Vabadussoja_Ajaloo_Komitee, lk 59
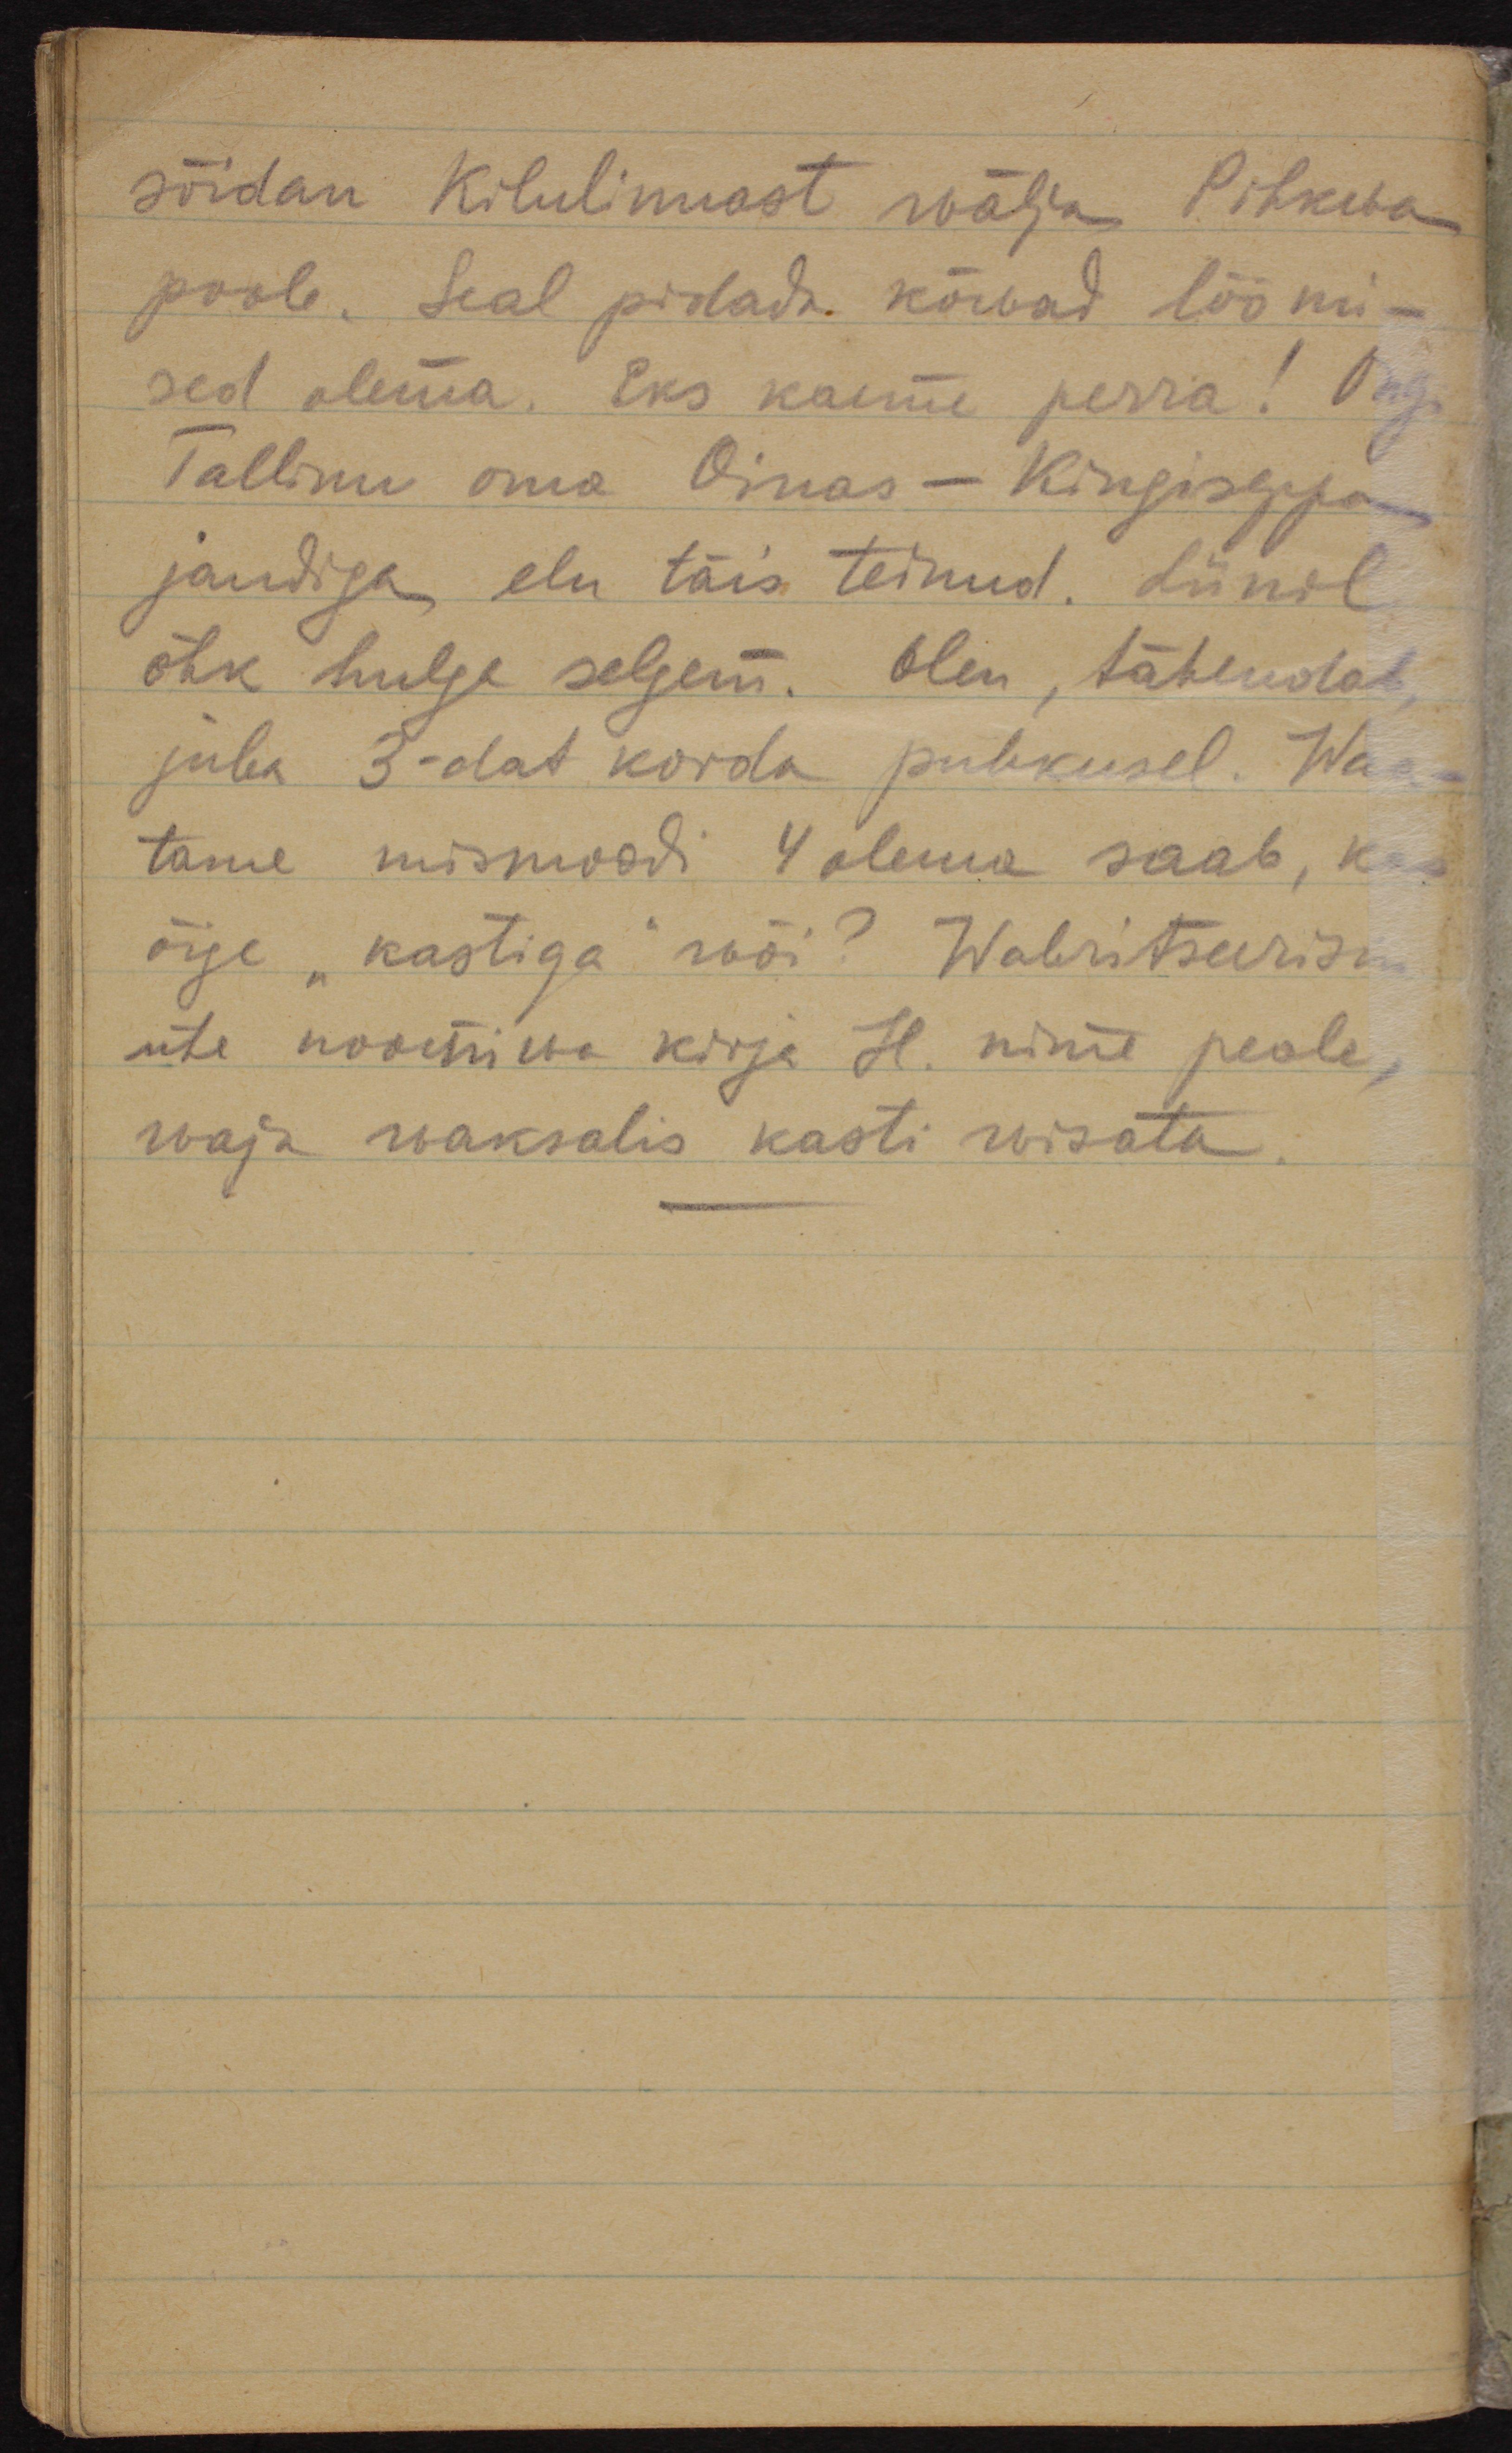
sõidan Kilulinnast wälja Pihkwa
poole. Seal pidada kõwad löömi-
sed olema. Eks kaeme perra! Ongi
Tallinn oma Oinas-Kingiseppa
jandiga elu täis teinud. Liinil
õhk hulga selgem. Olen, tähendab,
juba 3-dat korda puhkusel. Waa-
tame mismoodi 4 olema saab, kas
õige "kastiga" wõi? Wabritseerisin
ühe noomiwa kirja H. nime peale,
waja waksalis kasti wisata.